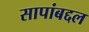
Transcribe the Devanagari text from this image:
सापांबद्दल